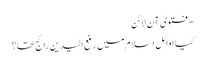
- فتویٰ آن لائن
کیا اوائلِ اسلام میں‌ رفع الیدین رائج تھا؟